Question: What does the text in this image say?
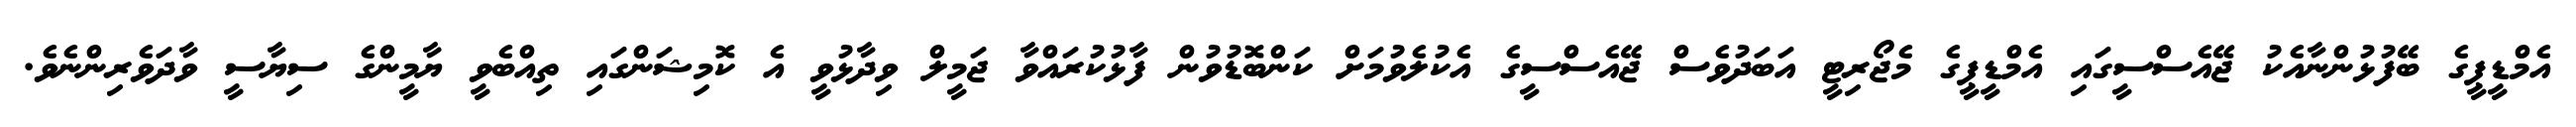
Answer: އެމްޑީޕީގެ ބޭފުޅުންނާއެކު ޖޭއެސްސީގައި އެމްޑީޕީގެ މެޖޯރިޓީ އަބަދުވެސް ޖޭއެސްސީގެ އެކުލެވުމަށް ކަންބޮޑުވުން ފާޅުކުރައްވާ ޖަމީލް ވިދާޅުވީ އެ ކޮމިޝަންގައި ތިއްބެވީ ޔާމީންގެ ސިޔާސީ ވާދަވެރިންނެވެ.